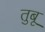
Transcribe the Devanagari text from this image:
तुबू